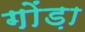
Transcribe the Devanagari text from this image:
गोंड़ा